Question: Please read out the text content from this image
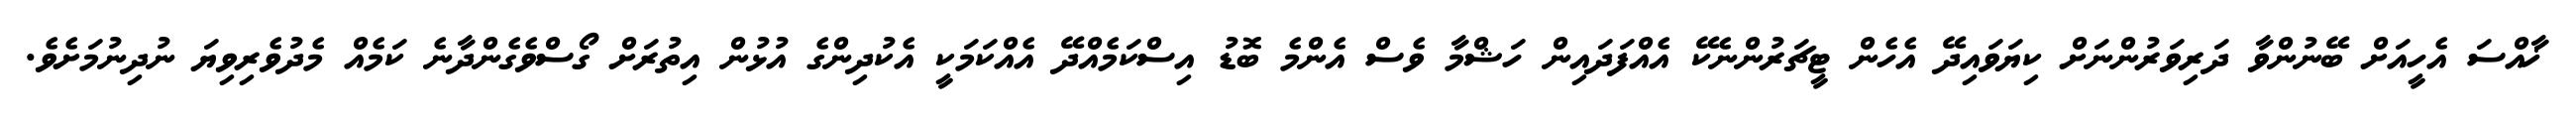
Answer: ޚާއްސަ އެހީއަށް ބޭނުންވާ ދަރިވަރުންނަށް ކިޔަވައިދޭ އެހެން ޓީޗަރުންނެކޭ އެއްފަދައިން ހަޝްމާ ވެސް އެންމެ ބޮޑު އިސްކަމެއްދޭ އެއްކަމަކީ އެކުދިންގެ އުޅުން އިތުރަށް ގޯސްވެގެންދާނެ ކަމެއް މެދުވެރިވިޔަ ނުދިނުމަށެވެ.